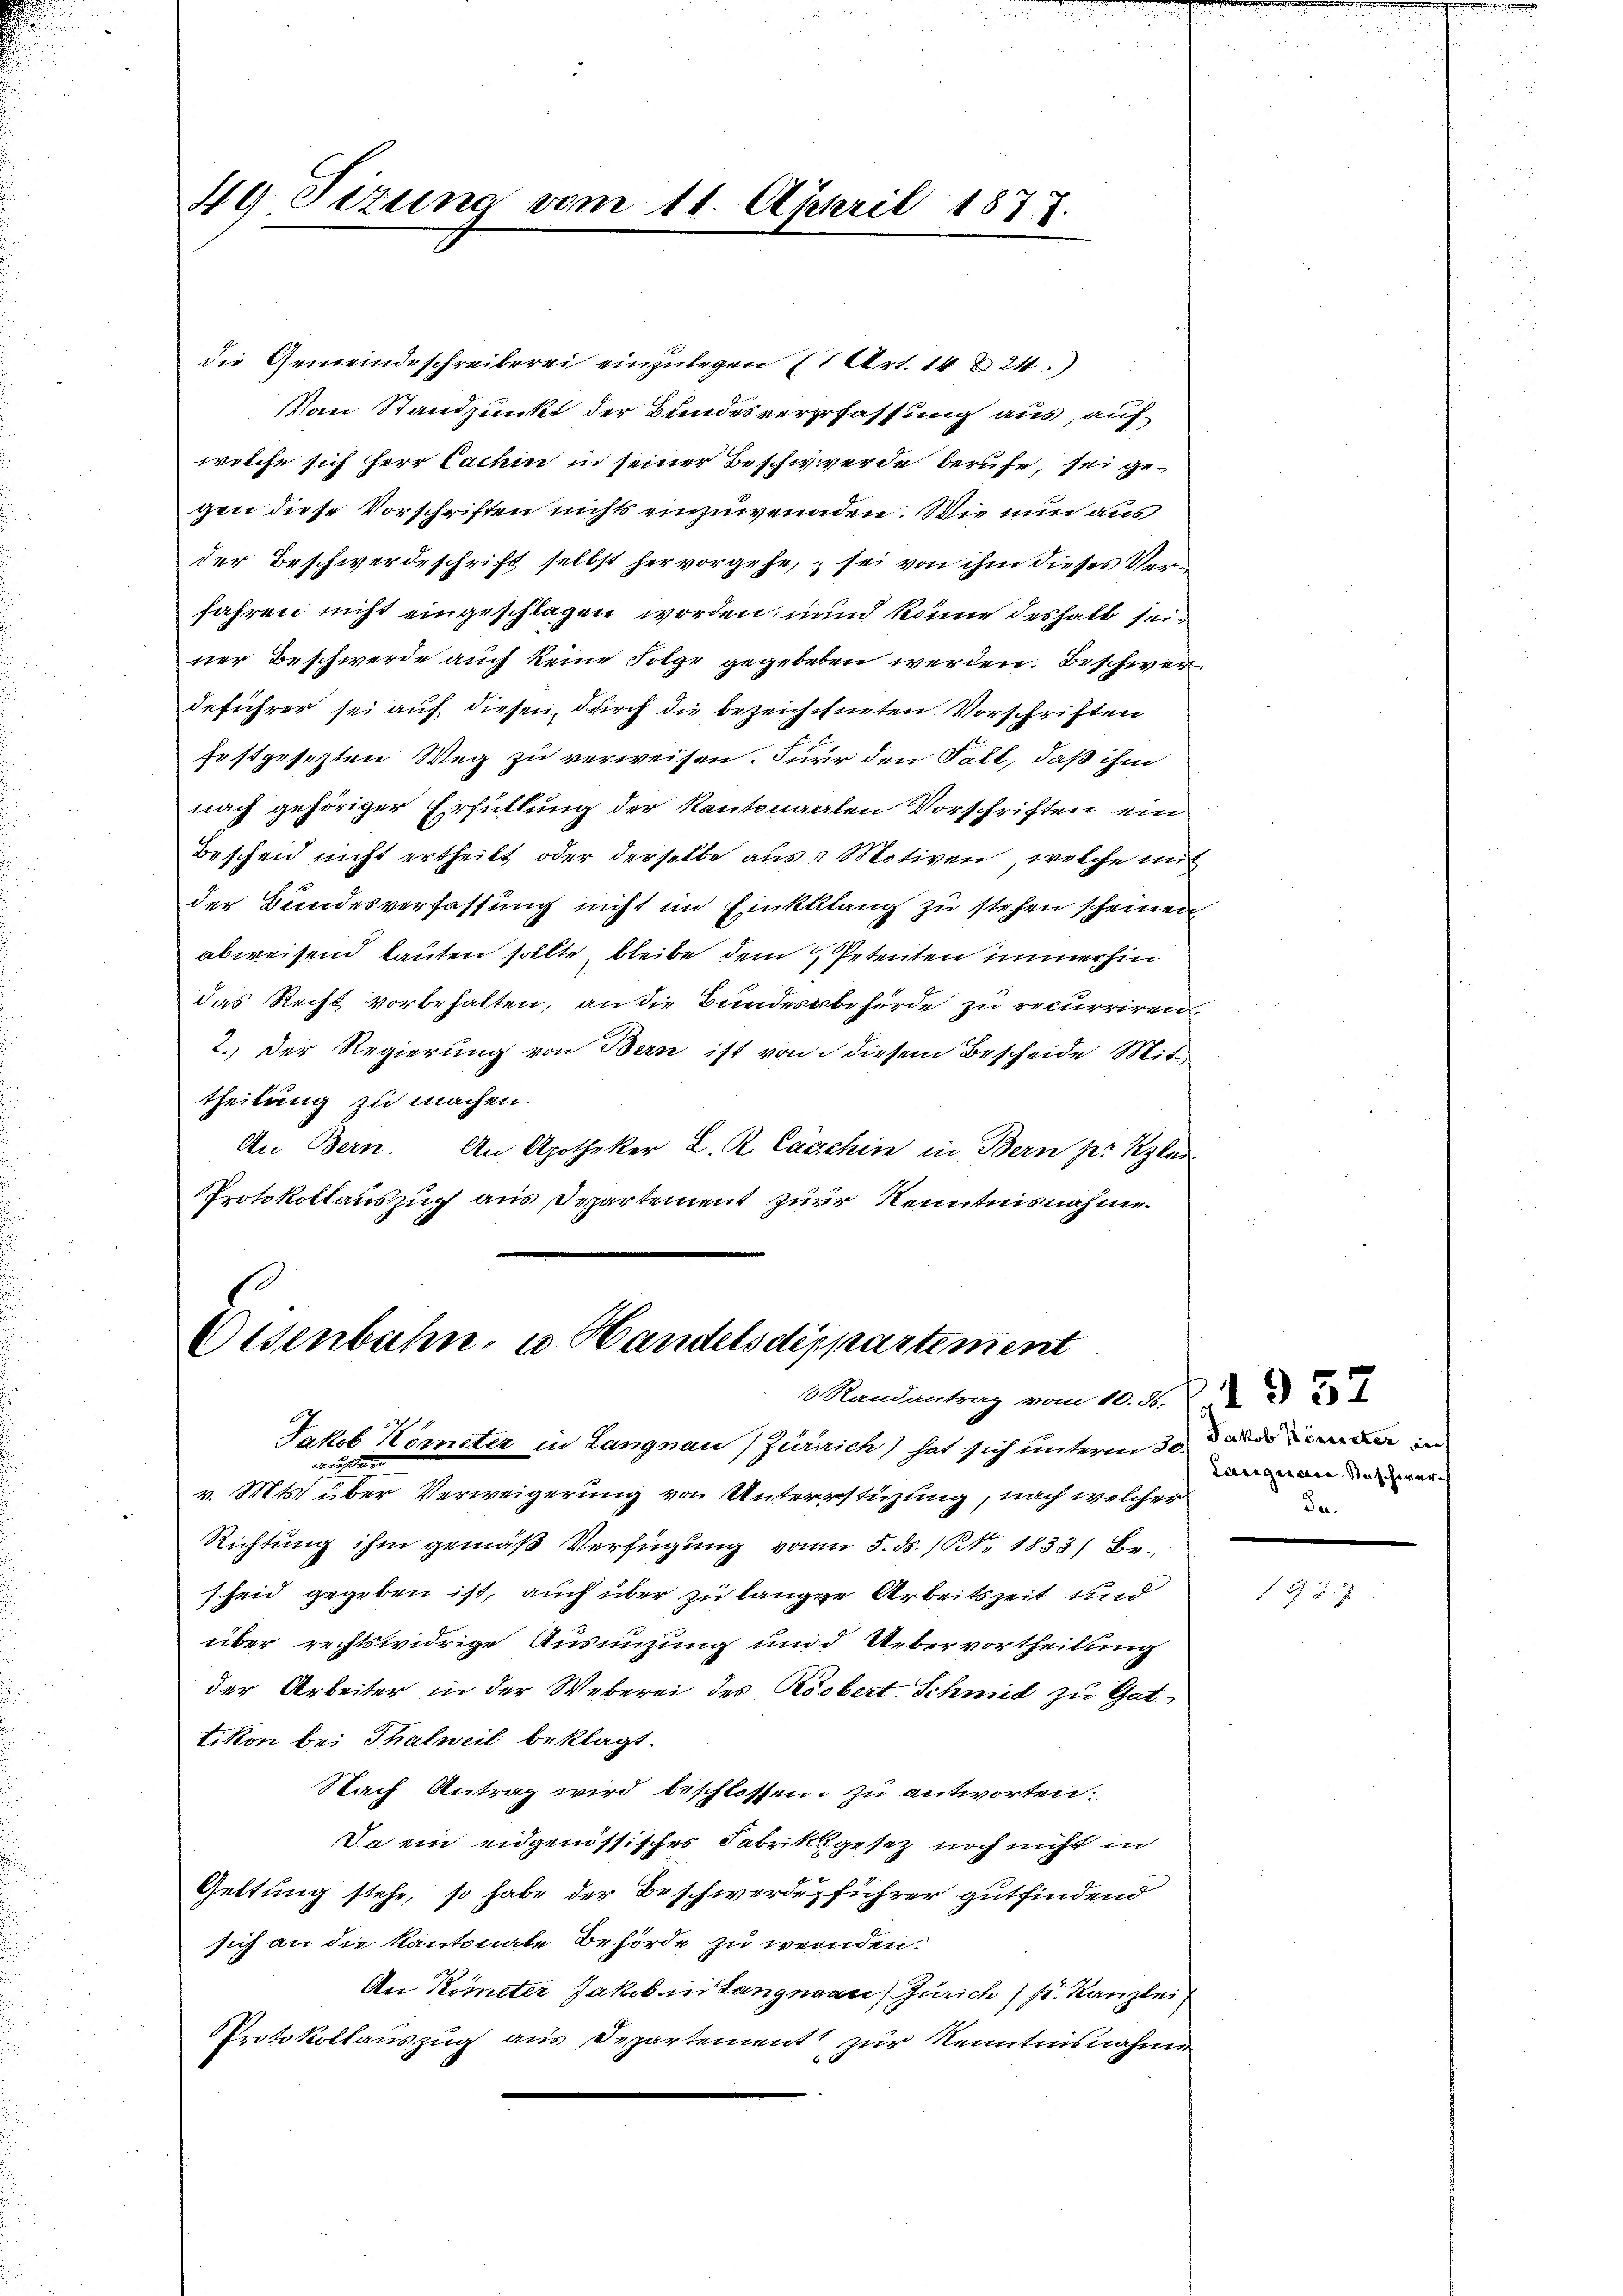
49. Sizung vom 11. April 1877.

die Gemeindeschreiberei einzulegen 1 Art. 14 § 24)
Vom Standpunkt der Bundesverfassung aus, auf
welche sich herr Cachin in seiner Beschwerde berufe, sei gegen diese Vorschriften nichts einzuwenaden. Wie nun ausder Beschwerdeschrift selbst hervorgehe, sei von ihm dieses Verfahren nicht eingeschlagen worden, und könne deshalb seiner Beschwerde auch keine Folge gegebeten werden. Beschwerdeführer sei auf diesen, durch die bezeichchneten Vorschriften
Erstgesetzten Weg zu verweisen. Fürir den Fall, daß ihm
nach gehöriger Erfüllung der Kantonalen Vorschriften ein
Bescheid nicht ertheilt oder derselbe aus Motiven, welche mit
der Bundesverfassung nicht im Einklang zu stehen scheinen
abweisend lauten sollte, bleibe dem Petenten immerhin
das Recht vorbehalten, an die Bundesabehörde zu recurriren.
2. Der Regierung von Bern ist von diesem Bescheide Mittheilung zu machen.
An Bern. An Apotheker L. K. Caschin in Bern pr Kzler
Protokollauszug aus Departement zur Kenntnisnahme.

Disenbahn, u. Handelsdeppartement
6 Randantrag vom 10. d. J. J. d

Jakob Kometer in Langnau) Zürrrich) hat sich unterm 30. die der in
niten
v. Mts. über Verweigerung von Unterstüzung, nach welcher
Richtung ihm gemäß Verfügung von 5. ds. 1. 1833) Bescheid gegeben ist, auch über zu lange Arbeitszeit und
über rechtswidrige Ausnnzung und Uebervortheilung
der Arbeiter in der Weberei des Körbert. Schmid zu Gattikon bei Thalweil beklagt.
Nach Antrag wird beschlossen, zu antworten:
Sa ein eidgenössisches Fabrikgesetz noch nicht in
Geltung stehe, so habe der Beschwerde, führer gutfindend
sich an die Kantonale Behörde zu wenden.
An Kometer Jakob in Langnau) Zürich) s. Kanzlei
Protokollauszug aus Departement zur Kenntnisnahme

Langen die Staschwer
De.

1957